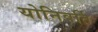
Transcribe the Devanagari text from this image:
योनिवर्ति